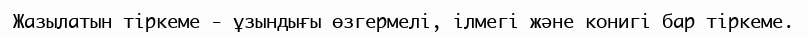
Жазылатын тіркеме - ұзындығы өзгермелі, ілмегі және конигі бар тіркеме.